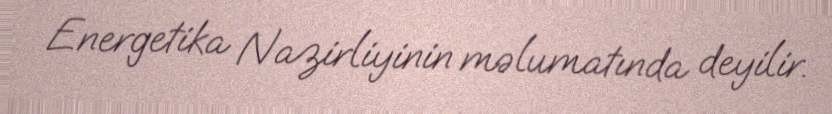
Energetika Nazirliyinin məlumatında deyilir.